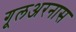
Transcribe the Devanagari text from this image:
गूलअरनास